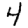
Digit: 4